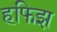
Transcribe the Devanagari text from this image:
हफिझ